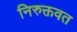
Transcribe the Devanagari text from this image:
निरुक्तवत